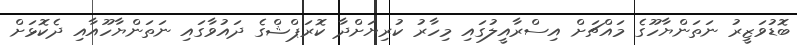
ބޮޑުވަޒީރު ނަތަންޔާހޫގެ މައްޗަށް އިސްރާއީލުގައި މިހާރު ކުރިޔަށްދާ ކޮރަޕްޝްގެ ދައުވާގައި ނަތަންޔާހޫއާއި ދެކޮޅަށް